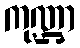
ကုဏ္ဌာ